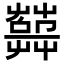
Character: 𦽱